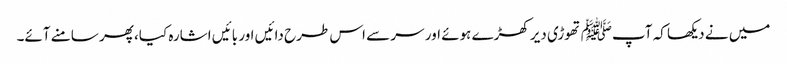
میں نے دیکھا کہ آپﷺ تھوڑی دیر کھڑے ہوئے اور سر سے اس طرح دائیں اور بائیں اشارہ کیا، پھر سامنے آئے۔